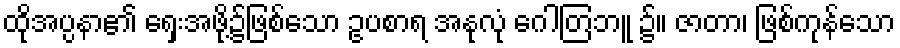
ထိုအပ္ပနာ၏ ရှေးအဖို့၌ဖြစ်သော ဥပစာရ အနုလုံ ဂေါတြဘူ ၌။ ဇာတာ၊ ဖြစ်ကုန်သော